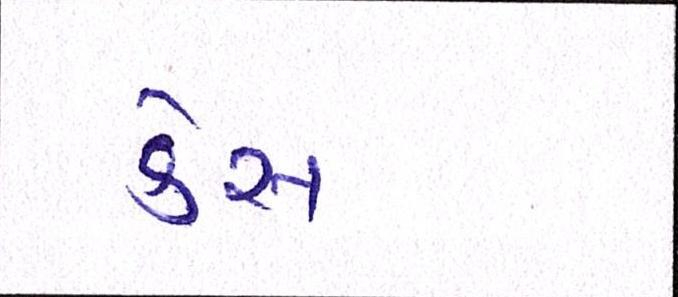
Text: કેસ